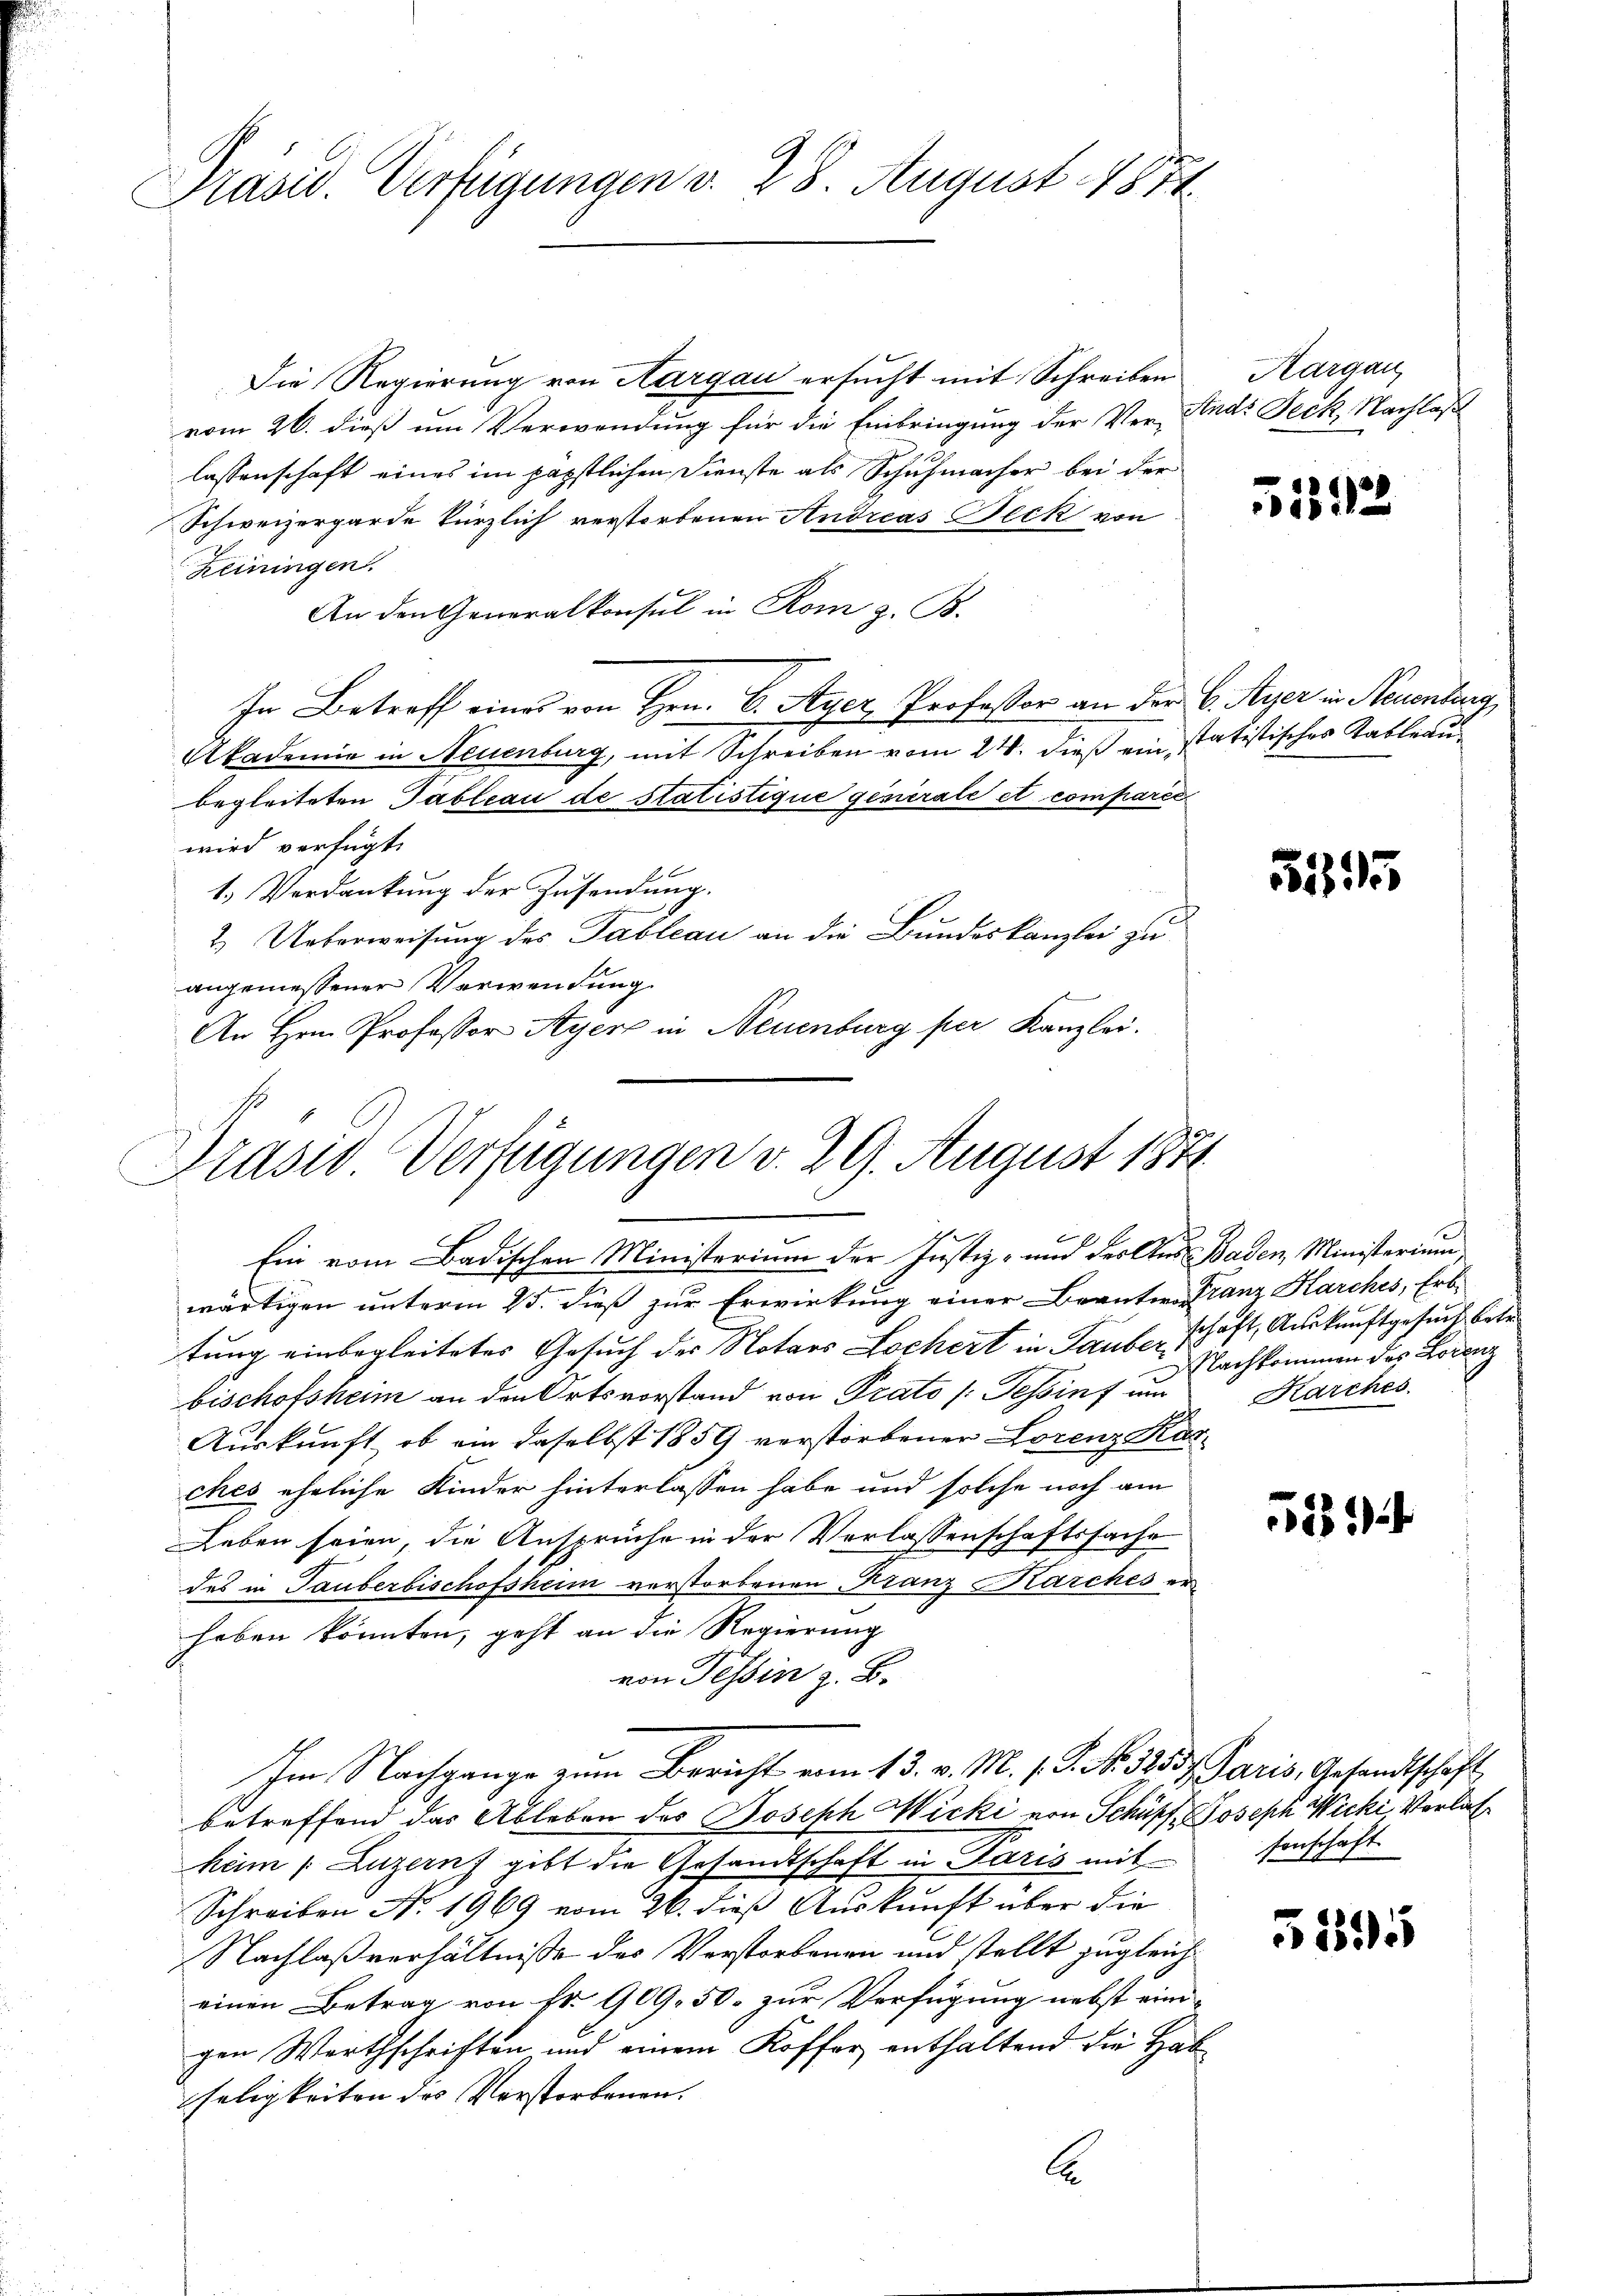
Präsid. Verfügungen v. 28 August 1871

Die Regierung von Aargau ersucht mit Schreiben
vom 26. dieß um Verwendung für die Einbringung der Ver-Ande Jeck, Nachlaß
lassenschaft eines im päpstlichen Dienste als Schuhmacher bei der
Schweizergarde kürzlich verstorbenen Andreas Beck von
Heiningen.
An den Generalkonsul in Rom z. B.
In Betroff einer von Hrn. C. Ayer Professor an der 6. Ayer in Neuenburg,
Akademie in Neuenburg, mit Schreiben vom 24. dieß ein statistisches Tableau
begleiteten Tableau de statistique generale et comparée
wird verfügt:
1.) Verdankung der Zusendung.
2. Ueberweisung des Tableau an die Bundeskanzlei zu
angemessener Verwendung
An Hrn. Professor Ayerz in Neuenburg per Kanzlei.
Ein vom Badischen Ministerium der Justiz- und der Aus Baden, Ministerium
wärtigen unterm 25. dieß zur Erwirkung einer Beanter Franz Karches, Erbtung einbegleitetes Gesuch der Notars Lochert in Laube, schäft, Auskunftgesuch bete
bischofsheim an den Ortsvorstand von Prato /: Tessin um
Auskunft, ob ein daselbst 1859 verstorbener Lorenz Kas-
ches eheliche Kinder hinterlassen habe und solche noch am
Leben seien, die Ansprüche in der Verlassenschaftssache
des in Tauberbischofsheim verstorbenen Franz Karches erhaben könnten, geht an die Regierung
von Tessin z. B.
Ihm Nachgange zum Bericht vom 13. v. M. h. T. N. 3257. Paris, Gesandtschaft
betreffend das Ableben des Joseph Wicki von Schüpf, Joseph Wicki, Verlas
ham (Luzern gibt die Gesandtschaft in Paris mit
Schreiben No. 1969 vom 26. dieß Auskunft über die
Nachlaßverhältnisse des Verstorbenen und stellt zugleich
einen Betrag von fr. 909. 50. zur Verfügung nebst einigen Werthschriften und einem Koffer enthaltend die Hab
seligkeiten des Verstorbenen.
b

Prasio Verfügungen v. 29. August 1871

Aargau,

51592

15255

Nachkommen des Lorenz
Karches

528

senschaft

51895